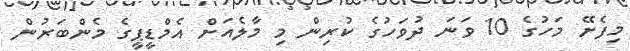
މިފެށޭ މަހުގެ 10 ވަނަ ދުވަހުގެ ކުރިން މި މާލެއަށް އެމްޑީޕީގެ މެންބަރުން